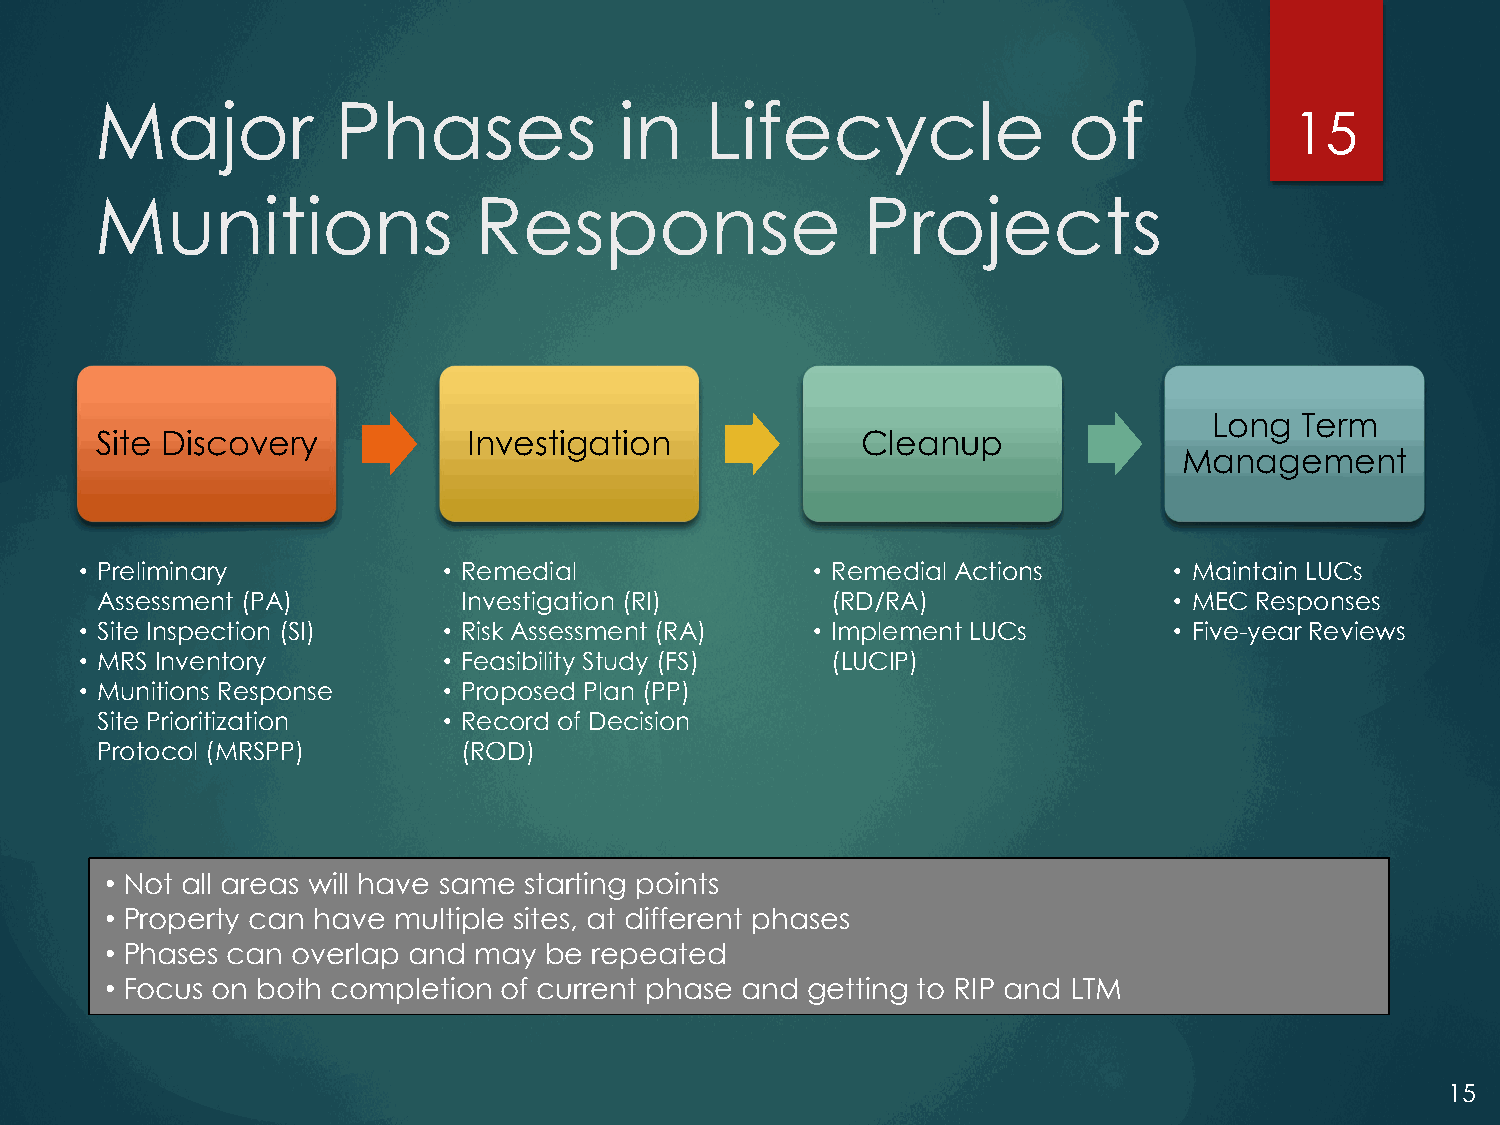
Major           Phases             in    Lifecycle               of
 15
 Munitions                Response                  Projects
 Long  Term
 Site Discovery           Investigation             Cleanup
 Management
 • Preliminary           • Remedial               • Remedial Actions      • Maintain LUCs
 Assessment (PA)          Investigation (RI)      (RD/RA)                • MEC Responses
 • Site Inspection (SI)  • Risk Assessment (RA)   • Implement LUCs        • Five-year Reviews
 • MRS Inventory         • Feasibility Study (FS)  (LUCIP)
 • Munitions Response    • Proposed Plan (PP)
 Site Prioritization    • Record of Decision
 Protocol (MRSPP)         (ROD)
 • Not all areas will have same starting points
 • Property can have multiple sites, at different phases
 • Phases can overlap and may be repeated
 • Focus on both completion of current phase and getting to RIP and LTM
 15